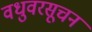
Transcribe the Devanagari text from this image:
वधुवरसूचन